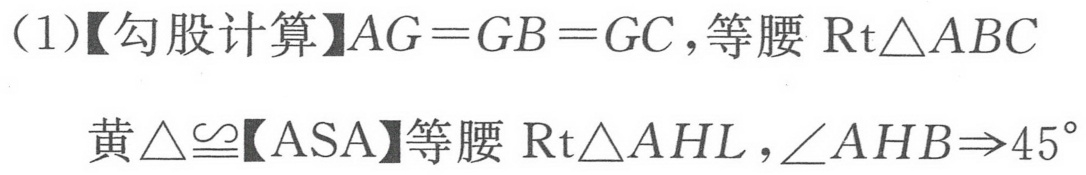
（1）【勾股计算】\(AG = GB = GC\)，等腰\(\text{Rt}\triangle ABC\)
黄\(\triangle\cong\)【ASA】等腰\(\text{Rt}\triangle AHL\)，\(\angle AHB\Rightarrow45^{\circ}\)